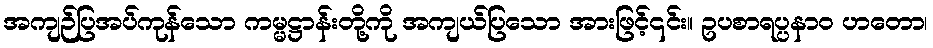
အကျဉ်ပြအပ်ကုန်သော ကမ္မဋ္ဌာန်းတို့ကို အကျယ်ပြသော အားဖြင့်၎င်း။ ဥပစာရပ္ပနာဝ ဟတော၊